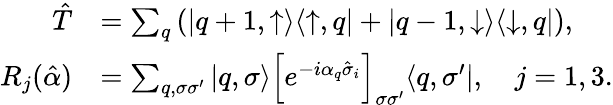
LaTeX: \begin{array}{rl}{\hat{T}}&{=\sum_{q}\left(|q+1,\uparrow\rangle\langle\uparrow,q|+|q-1,\downarrow\rangle\langle\downarrow,q|\right),}\\ {R_{j}(\hat{\alpha})}&{=\sum_{q,\sigma\sigma^{\prime}}|q,\sigma\rangle\left[e^{-i\alpha_{q}\hat{\sigma}_{i}}\right]_{\sigma\sigma^{\prime}}\langle q,\sigma^{\prime}|,\quad j=1,3.}\end{array}